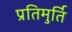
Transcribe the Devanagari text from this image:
प्रतिमुर्ति